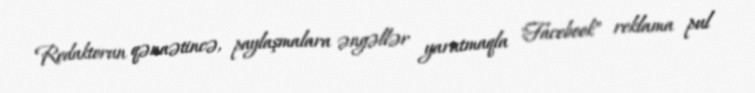
Redaktorun qənaətincə, paylaşmalara əngəllər yaratmaqla "Facebook” reklama pul